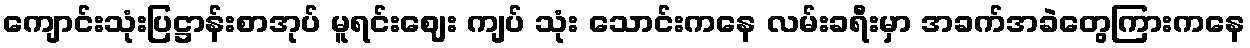
ကျောင်းသုံးပြဋ္ဌာန်းစာအုပ် မူရင်းဈေး ကျပ် သုံး သောင်းကနေ လမ်းခရီးမှာ အခက်အခဲတွေကြားကနေ